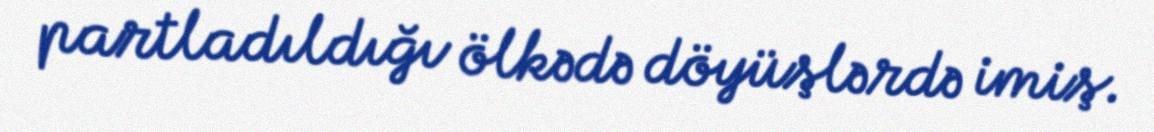
partladıldığı ölkədə döyüşlərdə imiş.